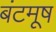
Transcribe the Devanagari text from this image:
बंटमूष